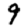
Digit: 9